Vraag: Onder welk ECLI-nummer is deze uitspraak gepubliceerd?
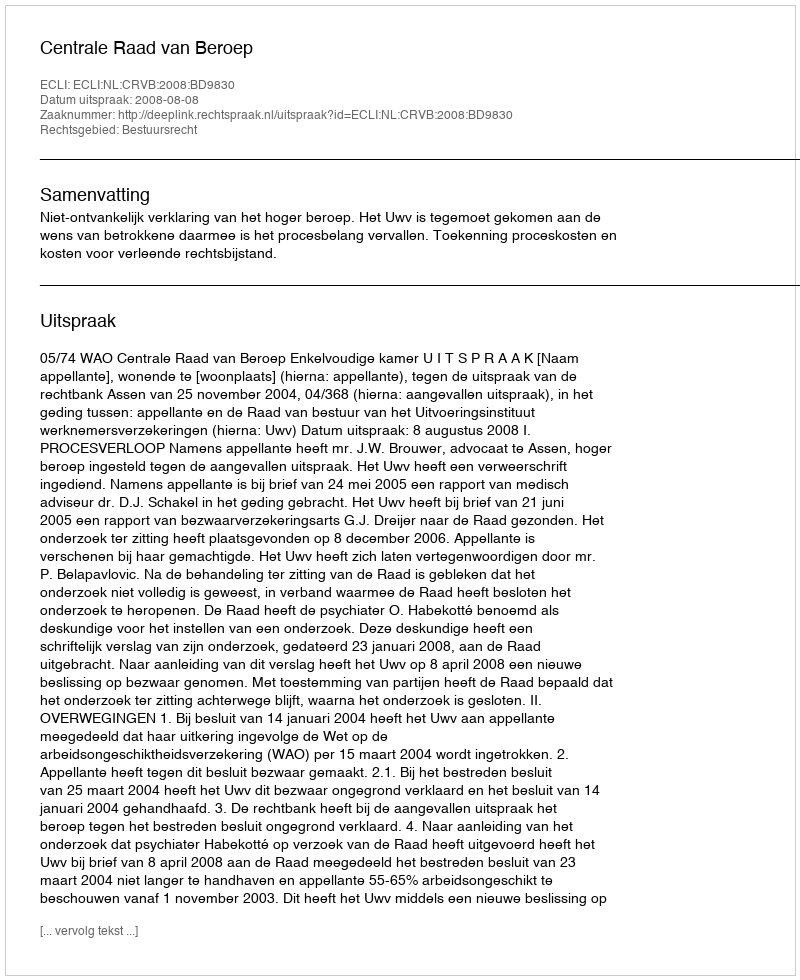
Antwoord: ECLI:NL:CRVB:2008:BD9830